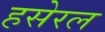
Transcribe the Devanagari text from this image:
हसेरल